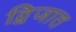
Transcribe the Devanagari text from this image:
द्विजात